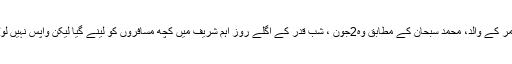
عمر کے والد، محمد سبحان کے مطابق وہ2جون ، شب قدر کے اگلے روز اہم شریف میں کچھ مسافروں کو لینے گیا لیکن واپس نہیں لوٹا۔